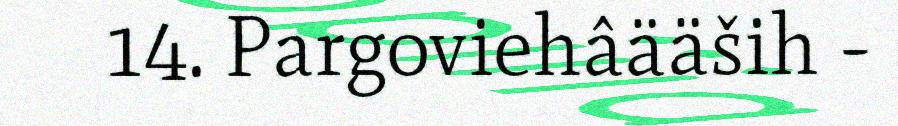
14. Pargoviehâääših -